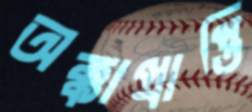
অক্কাপ্রাপ্তি